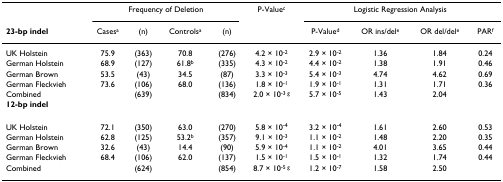
|  | <COLSPAN=4> Frequency of Deletion | P-Valuec | <COLSPAN=4> Logistic Regression Analysis |
 | 23-bp indel | Casesa | (n) | Controlsa | (n) |  | P-Valued | OR ins/dele | OR del/dele | PARf |
 | --- | --- | --- | --- | --- | --- | --- | --- | --- | --- |
 | UK Holstein | 75.9 | (363) | 70.8 | (276) | 4.2 × 10-2 | 2.9 × 10-2 | 1.36 | 1.84 | 0.24 |
 | German Holstein | 68.9 | (127) | 61.8b | (335) | 4.3 × 10-2 | 4.4 × 10-2 | 1.38 | 1.91 | 0.46 |
 | German Brown | 53.5 | (43) | 34.5 | (87) | 3.3 × 10-3 | 5.4 × 10-3 | 4.74 | 4.62 | 0.69 |
 | German Fleckvieh | 73.6 | (106) | 68.0 | (136) | 1.8 × 10-1 | 1.9 × 10-1 | 1.31 | 1.71 | 0.36 |
 | Combined |  | (639) |  | (834) | 2.0 × 10-3 g | 5.7 × 10-5 | 1.43 | 2.04 |  |
 | 12-bp indel |  |  |  |  |  |  |  |  |  |
 | UK Holstein | 72.1 | (350) | 63.0 | (270) | 5.8 × 10-4 | 3.2 × 10-4 | 1.61 | 2.60 | 0.53 |
 | German Holstein | 62.8 | (125) | 53.2b | (357) | 9.1 × 10-3 | 1.1 × 10-2 | 1.48 | 2.20 | 0.35 |
 | German Brown | 32.6 | (43) | 14.4 | (90) | 5.9 × 10-4 | 1.1 × 10-2 | 4.01 | 3.65 | 0.44 |
 | German Fleckvieh | 68.4 | (106) | 62.0 | (137) | 1.5 × 10-1 | 1.5 × 10-1 | 1.32 | 1.74 | 0.44 |
 | Combined |  | (624) |  | (854) | 8.7 × 10-5 g | 1.2 × 10-7 | 1.58 | 2.50 |  |